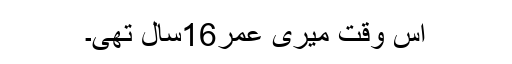
اس وقت میری عمر16سال تھی۔